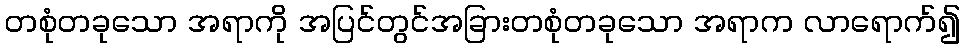
တစုံတခုသော အရာကို အပြင်တွင်အခြားတစုံတခုသော အရာက လာရောက်၍